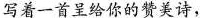
写这一首呈给你的赞美诗，